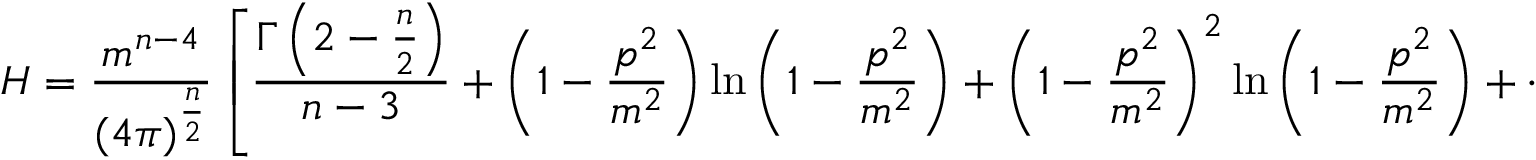
H = \frac { m ^ { n - 4 } } { ( 4 \pi ) ^ { \frac { n } { 2 } } } \left[ \frac { \Gamma \left( 2 - \frac { n } { 2 } \right) } { n - 3 } + \left( 1 - { \frac { p ^ { 2 } } { m ^ { 2 } } } \right) \ln \left( 1 - { \frac { p ^ { 2 } } { m ^ { 2 } } } \right) + \left( 1 - { \frac { p ^ { 2 } } { m ^ { 2 } } } \right) ^ { 2 } \ln \left( 1 - { \frac { p ^ { 2 } } { m ^ { 2 } } } \right) + \cdots \right] ,